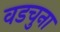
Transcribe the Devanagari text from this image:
वडचुना